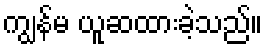
ကျွန်မ ယူဆထားခဲ့သည်။